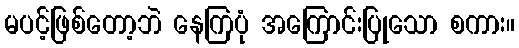
မပင့်ဖြစ်တော့ဘဲ နေကြပုံ အကြောင်းပြုသော စကား။